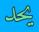
يحد